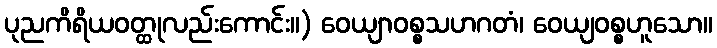
ပုညကိရိယဝတ္ထုလည်းကောင်း။) ဝေယျာဝစ္စသဟဂတံ၊ ဝေယျဝစ္စဟူသော။